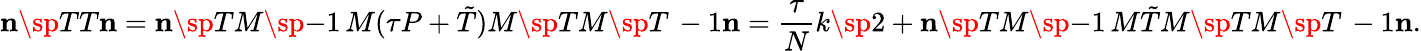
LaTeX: {\mathbf n}\sp{T}T{\mathbf n}={\mathbf n}\sp{T}M\sp{-1}\, M(\tau P+\tilde{T})M\sp{T}M\sp{T\, -1}{\mathbf n}=\frac{\tau}{N}k\sp 2+{\mathbf n}\sp{T}M\sp{-1}\, M\tilde{T}M\sp{T}M\sp{T\, -1}{\mathbf n}.